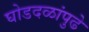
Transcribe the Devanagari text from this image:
घोडदळांपुढे